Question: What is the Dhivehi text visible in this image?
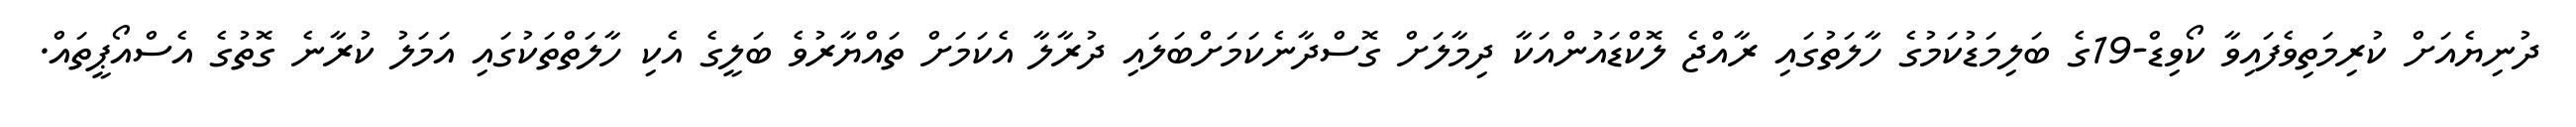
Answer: ދުނިޔެއަށް ކުރިމަތިވެފައިވާ ކޯވިޑް-19ގެ ބަލިމަޑުކަމުގެ ހާލަތުގައި ރާއްޖެ ލޮކްޑައުންއަކާ ދިމާލަށް ގޮސްދާނެކަމަށްބަލައި ދުރާލާ އެކަމަށް ތައްޔާރުވެ ބަލީގެ އެކި ހާލަތްތަކުގައި އަމަލު ކުރާނެ ގޮތުގެ އެސްއޯޕީތައް.